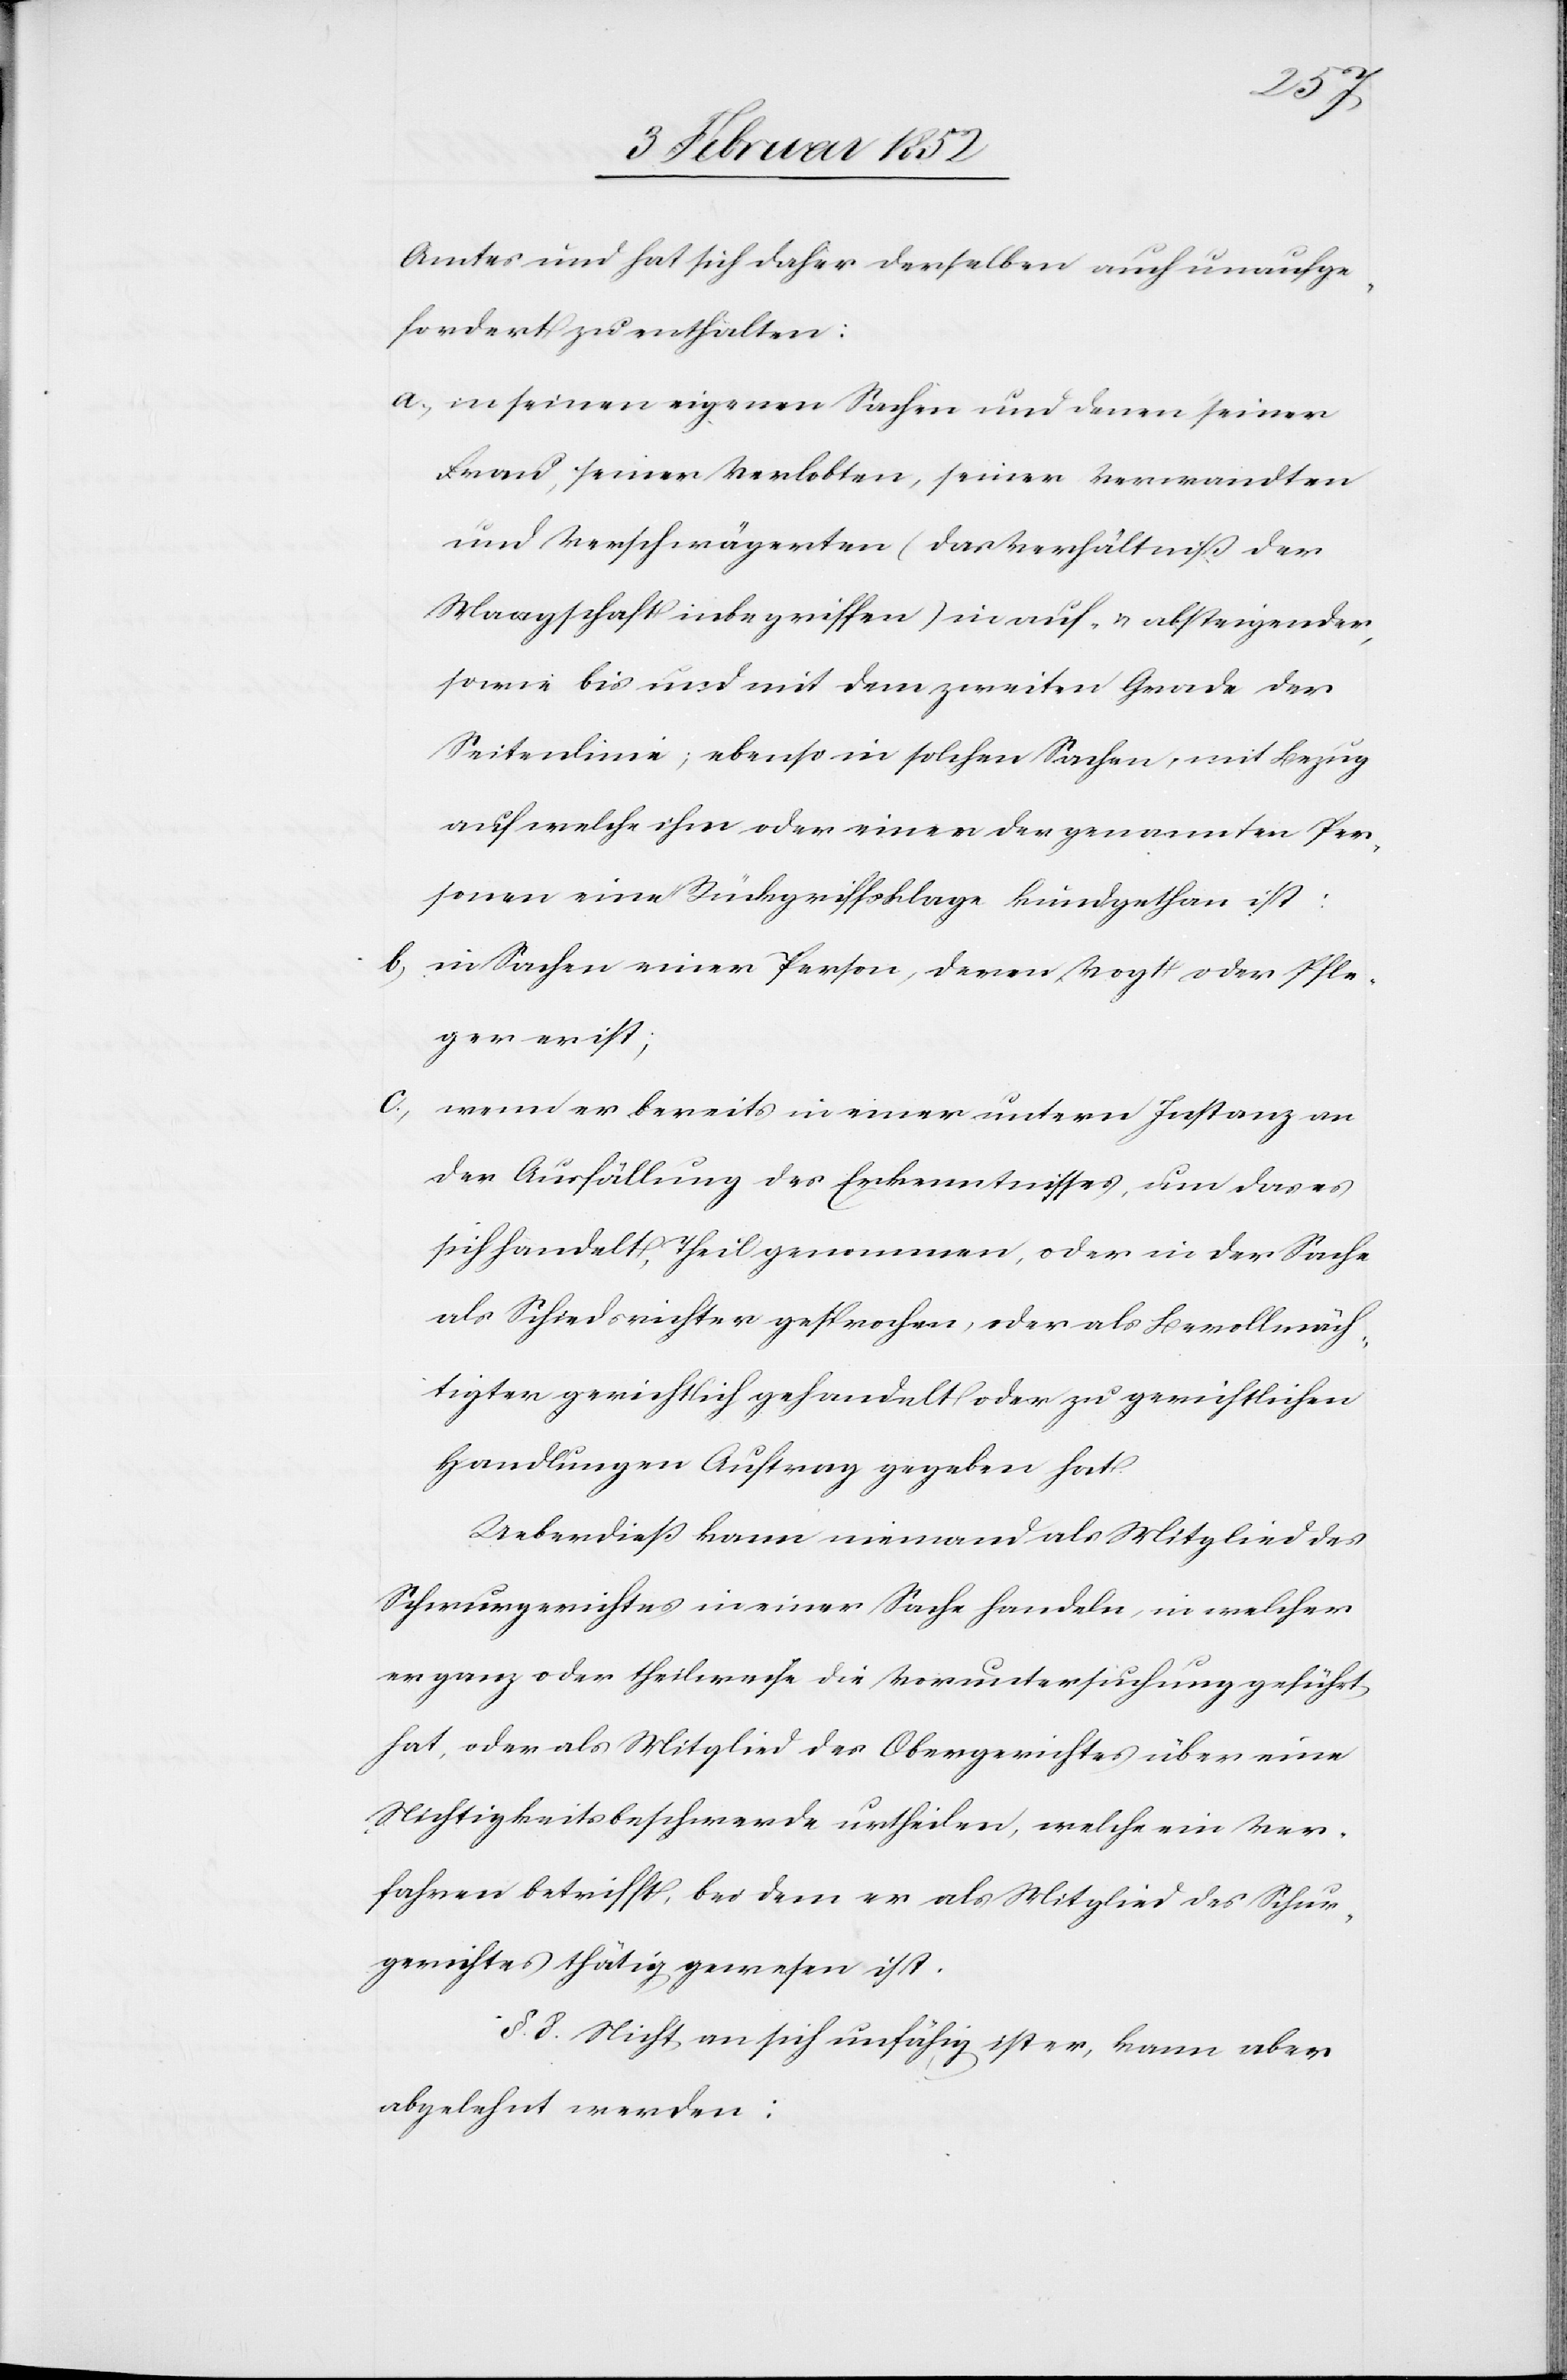
Amtes und hat sich daher derselbe auch unaufge¬
fordert zu enthalten:
a.) in seinen eigenen Sachen und denen seiner
Frau, seiner Verlobten, seiner Verwandten
und Verschwägerten (das Verhältniß der
Waagschaft inbegriffen) in auf- u. absteigender,
sowie bis und mit dem zweiten Grade der
Seitenlinie; ebenso in solchen Sachen, mit Bezug
auf welche ihn oder einen der genannten Per¬
sonen eine Rückgriffsklage kund gethan ist.
b) in Sachen einer Person, deren Vogt oder Pfle¬
ger er ist,
c.) wenn er bereits in einer untern Instanz an
der Ausfällung des Erkenntnisses, um das es
sich handelt, Theil genommen, oder in der Sache
als Schiedsrichter gesprochen, oder als Bevollmäch¬
tigter gerichtlich gehandelt oder zu gerichtlichen
Handlungen Auftrag gegeben hat.
Ueberdieß kann niemand als Mitglied des
Schwurgerichtes in einer Sache handeln, in welcher
er ganz oder theilweise die Voruntersuchung geführt
hat, oder als Mitglied des Obergerichtes über eine
Nichtigkeitsbeschwerde urtheilen, welche ein Ver¬
fahren betrifft, bei dem er als Mitglied des Schwur¬
gerichtes thätig gewesen ist.
§. 8. Nicht an sich unfähig ist er, kann aber
abgelehnt werden: